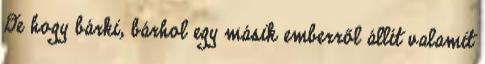
De hogy bárki, bárhol egy másik emberről állít valamit